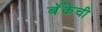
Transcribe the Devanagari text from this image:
बॅँकेची